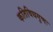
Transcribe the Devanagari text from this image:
कतिविधगुणः